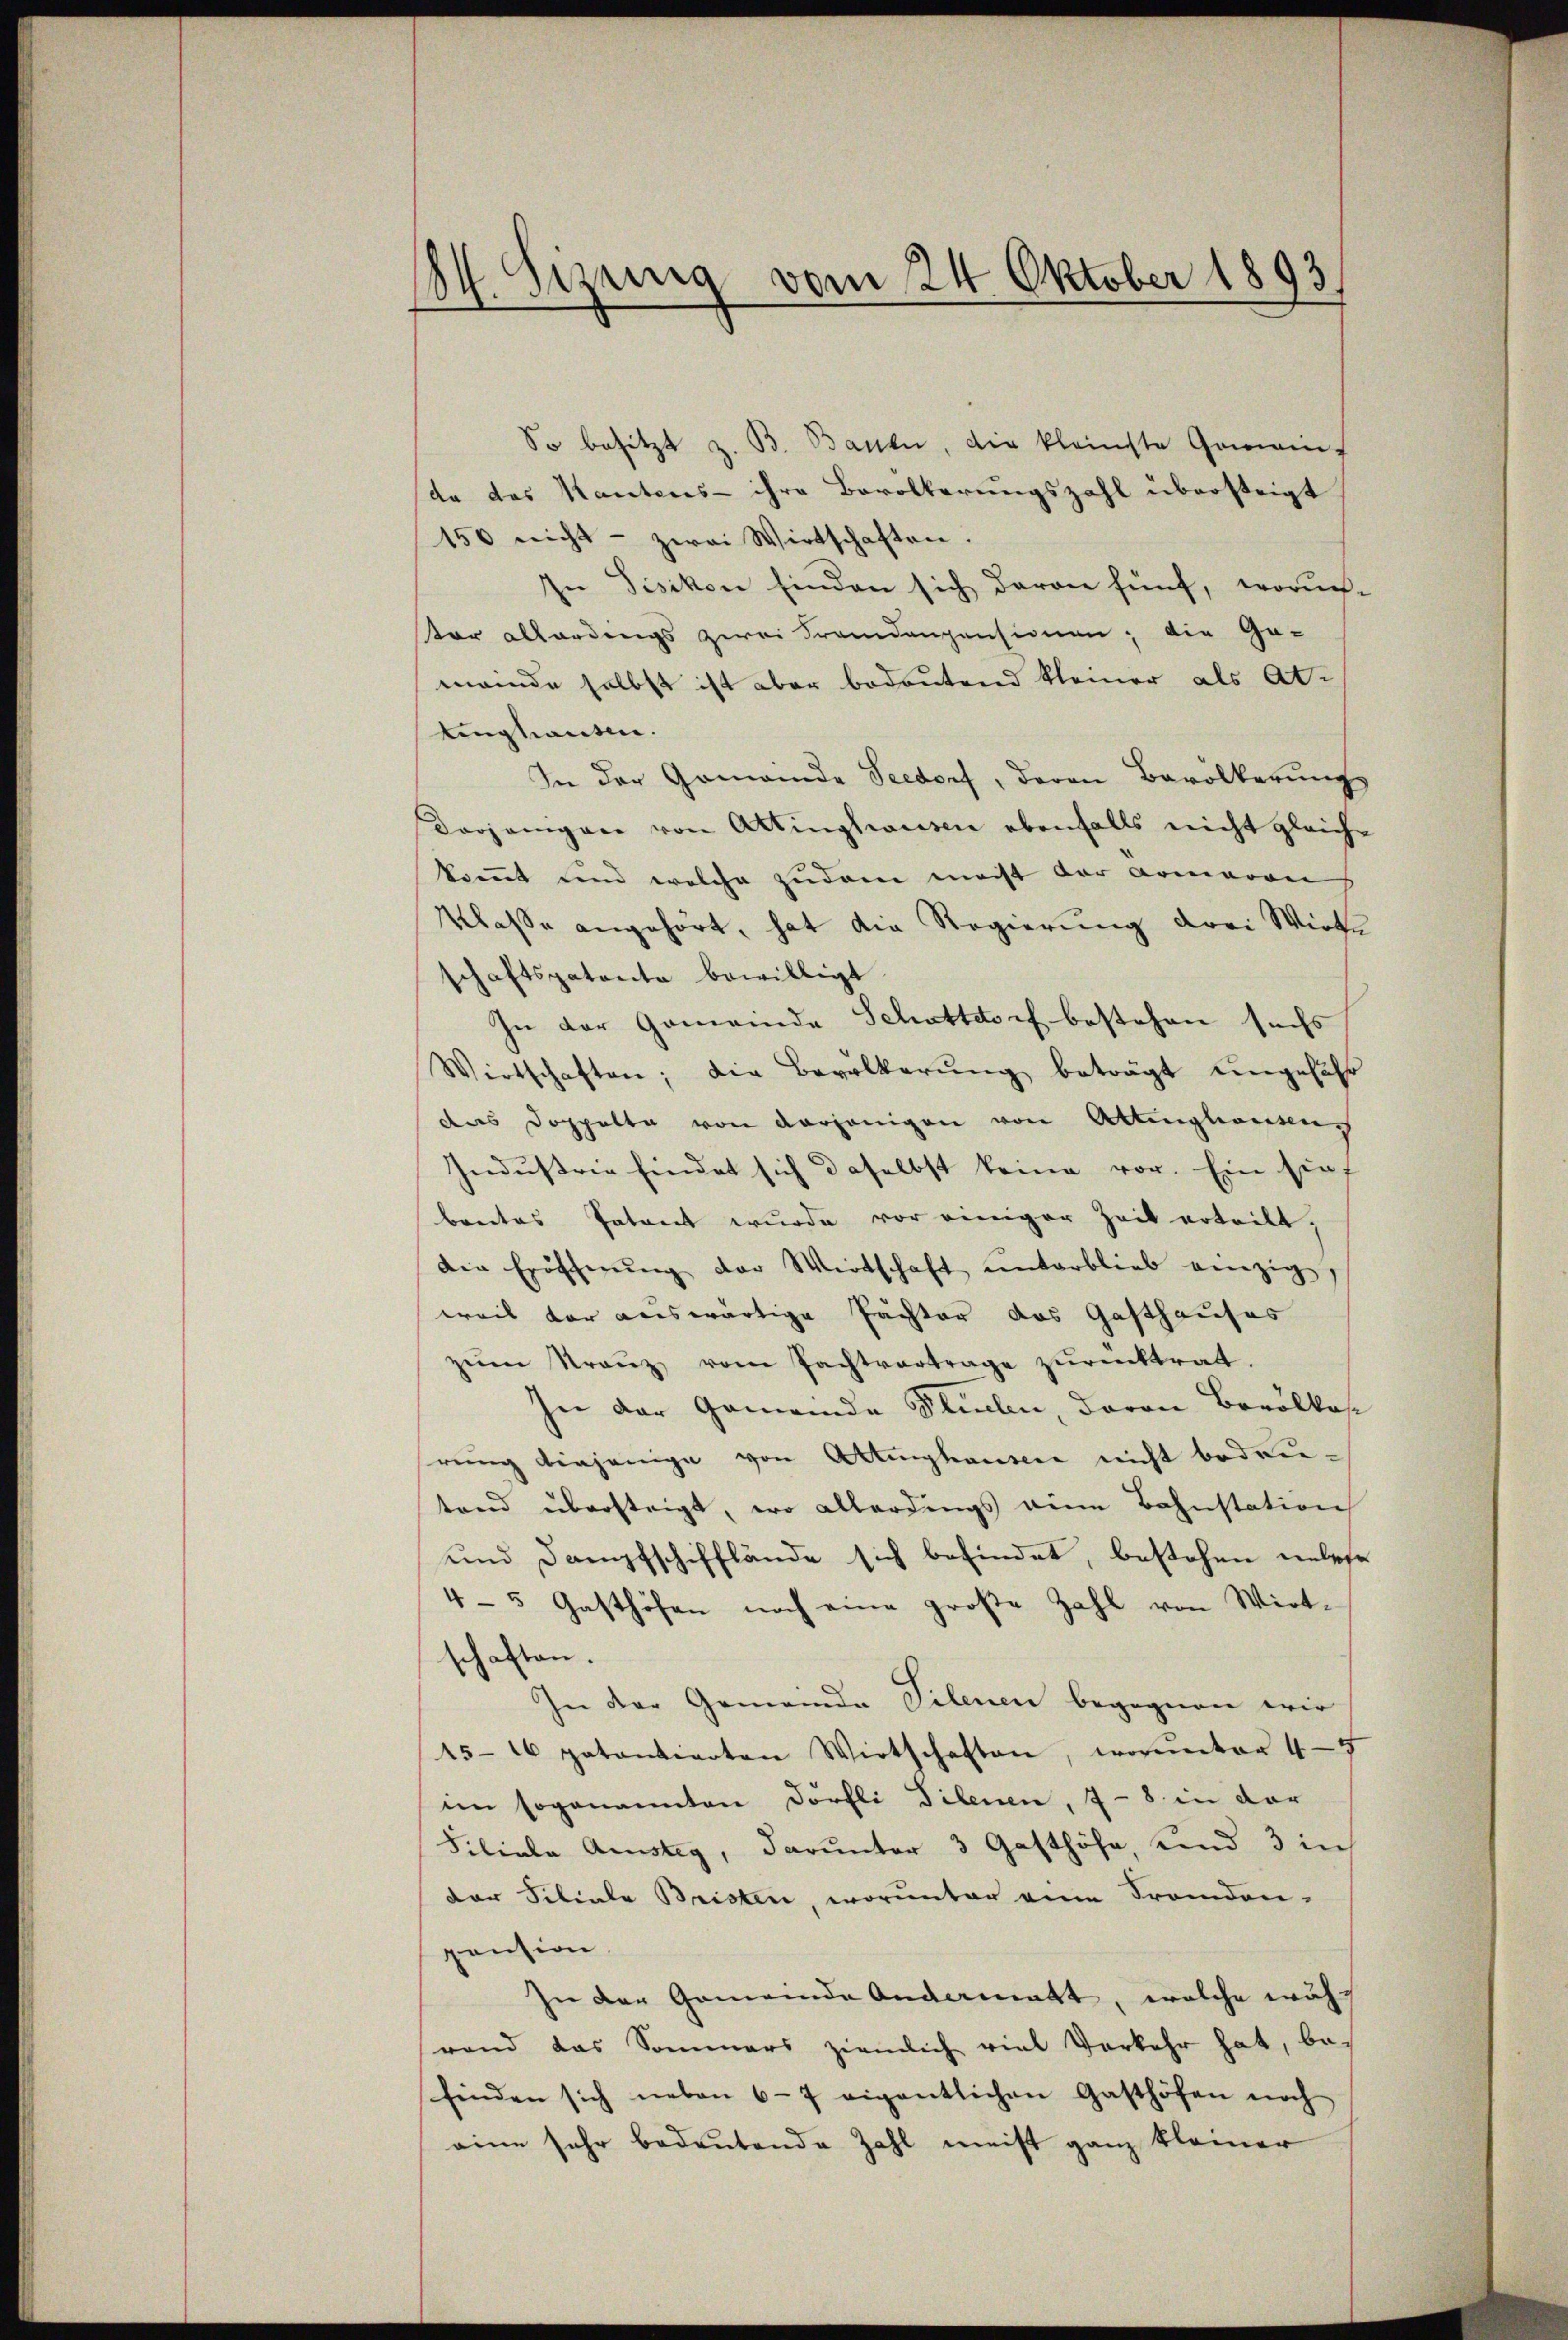
Sizung vom 24. Oktober 1893
¬

So besitzt z. B. Bauen, die kleinste Gemein-
de das Kantons- ihre Bevolkerungszahl übersteigt
150 nicht - zwei Wirtschaften.
In Disikon finden sich daran fünf, woruch-
or allerdings zwei Fremdenpensionen; die Ge-
meinde selbst ist aber bedeutend kleiner als Attinghauten.
In der Gemeinde Seedorf, deren Bevölkerung
Vorjenigen von Attingswesen ebenfalls nicht gleiche
kommt und welche zudem meist der Armaron
Klasse angehört, hat die Regierung drei Wirte
schaftspatente bewilligt.
In der Gemeinde Schattdorf bestehen suchs
Wirtschaften; die Bevölkerŭng beträgt ungefähr
das Doppelte von derjenigen von Attinghausens
Industrie findet sich daselbst keine vor. Ein sieh
breites Patent wurde vor einiger Zeit erteilt,
die Eröffnŭng der Wirtschaft ŭnterblieb einzig,
weil der auswärtige Pachter das Gasthauses
zŭm Kranz vom Pachtvertrage zŭrücktrat.
In der Gemeinde Stuben, daran Bevölkos
rung diejenige von Attinghausen nicht bedrutand übersteigt, wo allerdings eine Bahnstation
und Dampfschifflände sich befindet, bestehen unlese
4-5 Gasthöfen noch eine große Zahl von Wirt-
schaften.
In der Gemeinde Telenen begegnen wir
15-16 patantierten Wirtschaften, worunter 4-5
im sogenanten Dörfli Filenen, 7 - 8. in der
Filiale Anstig, darunter 3 Gasthöhe, und 3 in
der Siliale Bristen, worunter eine Fremden-
pension
In der Gemeinde Andermatt, welche währ
rand das Sommers ziemlich viel Vorkehr hat, be-
finden sich neben 6-7 eigentlichen Gasthöfen noch
eine sehr bedeutende Zahl meist ganz kleiner